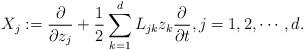
LaTeX: \begin{align*} X_j:=\frac{\partial}{\partial z_j}+\frac{1}{2}\sum_{k=1}^d L_{jk}z_k\frac{\partial}{\partial t}, j=1,2,\cdots, d.\end{align*}